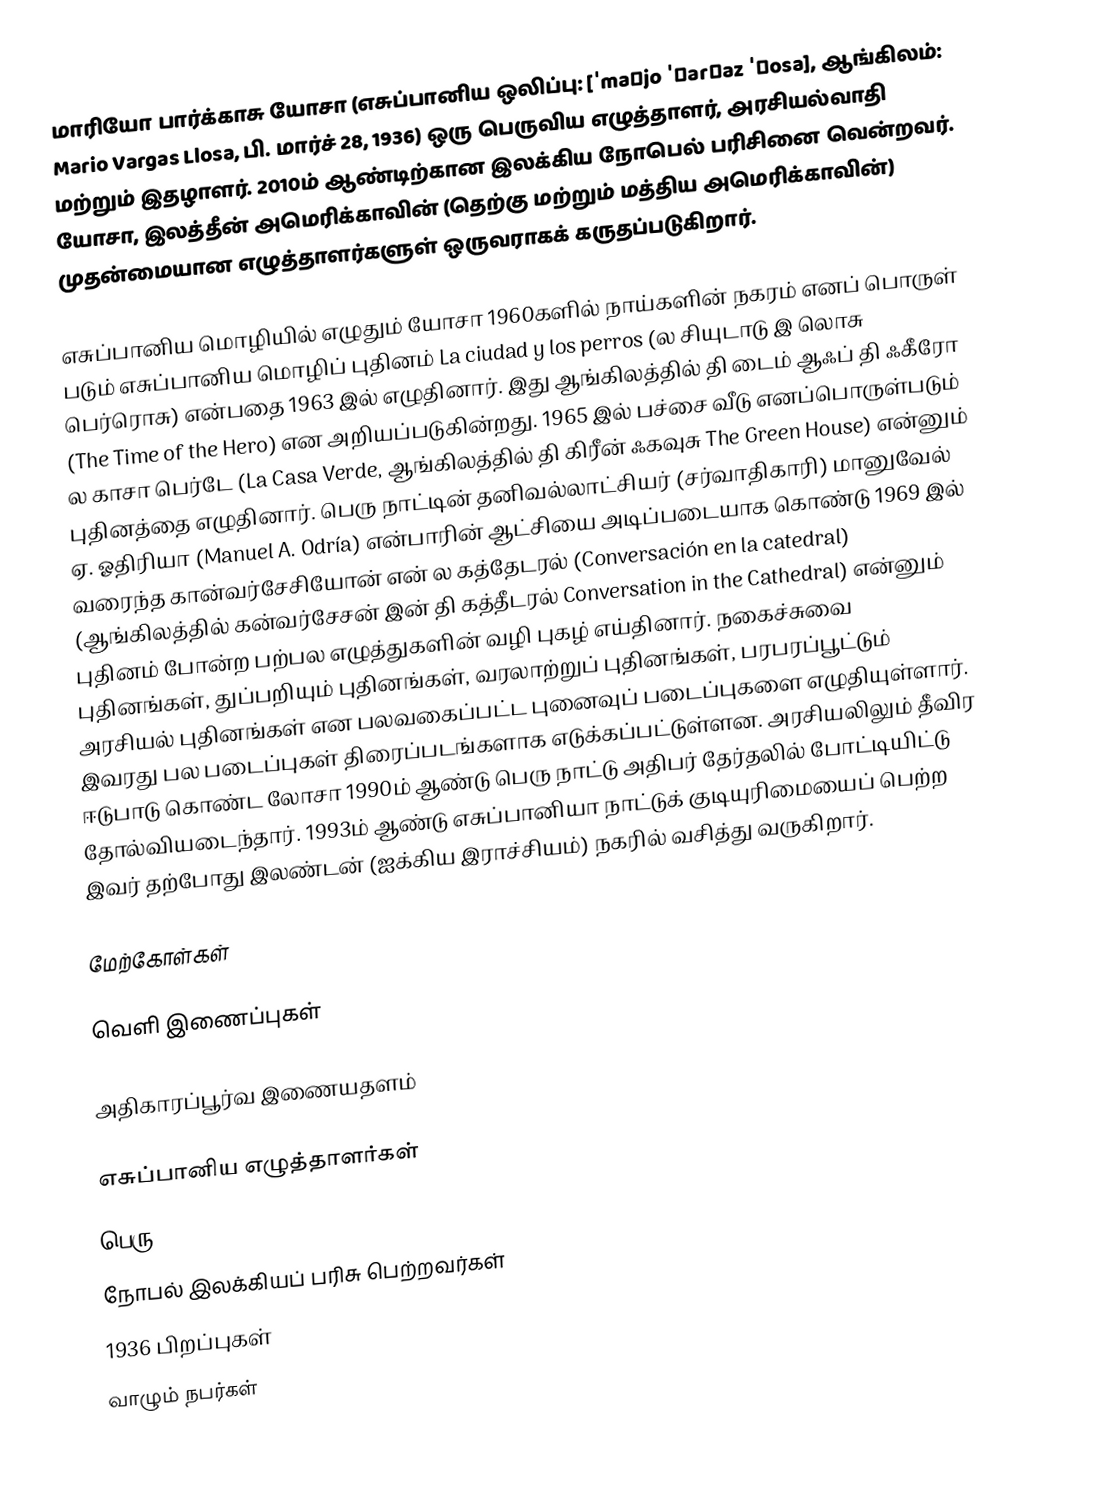
மாரியோ பார்க்காசு யோசா (எசுப்பானிய ஒலிப்பு: [ˈmaɾjo ˈβarɣaz ˈʎosa], ஆங்கிலம்: Mario Vargas Llosa, பி. மார்ச் 28, 1936) ஒரு பெருவிய எழுத்தாளர், அரசியல்வாதி மற்றும் இதழாளர். 2010ம் ஆண்டிற்கான இலக்கிய நோபெல் பரிசினை வென்றவர். யோசா, இலத்தீன் அமெரிக்காவின் (தெற்கு மற்றும் மத்திய அமெரிக்காவின்) முதன்மையான எழுத்தாளர்களுள் ஒருவராகக் கருதப்படுகிறார்.

எசுப்பானிய மொழியில் எழுதும் யோசா 1960களில்  நாய்களின் நகரம் எனப் பொருள் படும் எசுப்பானிய மொழிப் புதினம் La ciudad y los perros (ல சியுடாடு இ லொசு பெர்ரொசு) என்பதை 1963 இல் எழுதினார். இது ஆங்கிலத்தில் தி டைம் ஆஃப் தி ஃகீரோ (The Time of the Hero) என அறியப்படுகின்றது.  1965 இல் பச்சை வீடு எனப்பொருள்படும் ல காசா பெர்டே (La Casa Verde, ஆங்கிலத்தில் தி கிரீன்  ஃகவுசு The Green House) என்னும் புதினத்தை எழுதினார். பெரு நாட்டின் தனிவல்லாட்சியர் (சர்வாதிகாரி) மானுவேல் ஏ. ஓதிரியா (Manuel A. Odría) என்பாரின் ஆட்சியை அடிப்படையாக கொண்டு 1969 இல்  வரைந்த கான்வர்சேசியோன் என் ல கத்தேடரல்  (Conversación en la catedral) (ஆங்கிலத்தில் கன்வர்சேசன் இன் தி கத்தீடரல் Conversation in the Cathedral) என்னும் புதினம்  போன்ற பற்பல எழுத்துகளின் வழி புகழ் எய்தினார். நகைச்சுவை புதினங்கள், துப்பறியும் புதினங்கள், வரலாற்றுப் புதினங்கள், பரபரப்பூட்டும் அரசியல் புதினங்கள் என பலவகைப்பட்ட புனைவுப் படைப்புகளை எழுதியுள்ளார். இவரது பல படைப்புகள் திரைப்படங்களாக எடுக்கப்பட்டுள்ளன. அரசியலிலும் தீவிர ஈடுபாடு கொண்ட லோசா 1990ம் ஆண்டு பெரு நாட்டு அதிபர் தேர்தலில் போட்டியிட்டு தோல்வியடைந்தார். 1993ம் ஆண்டு எசுப்பானியா நாட்டுக் குடியுரிமையைப் பெற்ற இவர் தற்போது இலண்டன் (ஐக்கிய இராச்சியம்) நகரில் வசித்து வருகிறார்.

மேற்கோள்கள்

வெளி இணைப்புகள்

 அதிகாரப்பூர்வ இணையதளம்

எசுப்பானிய எழுத்தாளர்கள்
பெரு
நோபல் இலக்கியப் பரிசு பெற்றவர்கள்
1936 பிறப்புகள்
வாழும் நபர்கள்